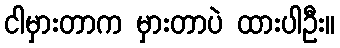
ငါမှားတာက မှားတာပဲ ထားပါဦး။